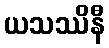
ယသဿိနီ